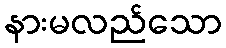
နားမလည်သော